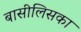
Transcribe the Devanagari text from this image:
बासीलिसका